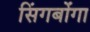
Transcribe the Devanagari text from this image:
सिंगबोंगा